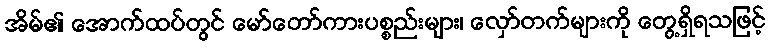
အိမ်၏ အောက်ထပ်တွင် မော်တော်ကားပစ္စည်းများ၊ လှော်တက်များကို တွေ့ရှိရသဖြင့်